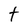
Character: t